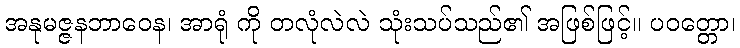
အနုမဇ္ဇနဘာဝေန၊ အာရုံ ကို တလုံလဲလဲ သုံးသပ်သည်၏ အဖြစ်ဖြင့်။ ပဝတ္တော၊